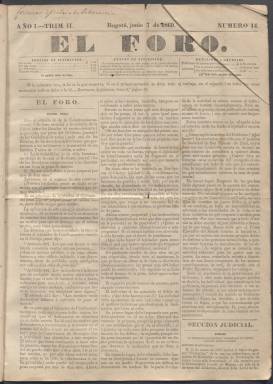
Título: El Foro (Bogotá)
Colección: Periódicos
Ámbito geográfico: Colombia
Lugar de publicación: Bogotá
Fechas: 07/06/1869-26/07/1870